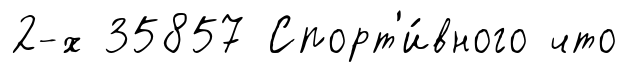
2-х 35857 Спорт'и́вного что